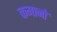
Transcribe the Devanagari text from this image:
कमानो